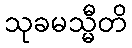
သုခမသ္မီတိ